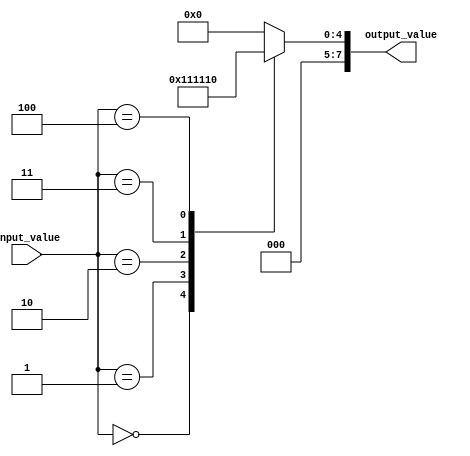
module case_statement_example (
    input wire [2:0] input_value,
    output reg [7:0] output_value
);

initial begin
    case(input_value)
        3'b000: output_value = 8'b00000001;
        3'b001: output_value = 8'b00000010;
        3'b010: output_value = 8'b00000100;
        3'b011: output_value = 8'b00001000;
        3'b100: output_value = 8'b00010000;
        default: output_value = 8'b00000000;
    endcase
end

endmodule